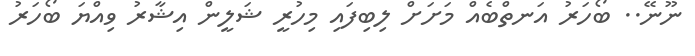
ނޫނޭ.. ބޯހަރު އަނތްބެއް މަށަށް ލިބިފައި މިހުރީ ޝަލީން އިޝާރު ވިއްޔަ ބޯހަރު